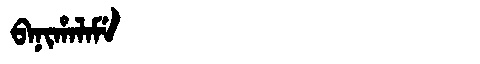
Manchu: ᠪᠠᠨᡳᡥᠠᠯᠠᠮᡝ
Romanization: BANIHALAME